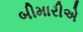
બીમારીએ